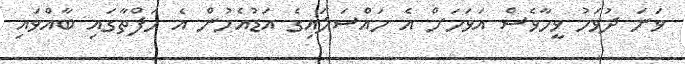
ވަނަ ދުވަހު ވީހާވެސް އަވަހަށް އެ މައްސަލައިގެ އަޑުއެހުން އެ ހަފްތާގައި ބާއްވައި